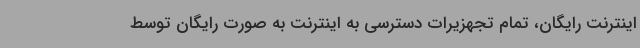
اینترنت رایگان، تمام تجهزیرات دسترسی به اینترنت به صورت رایگان توسط